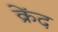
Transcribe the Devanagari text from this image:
क्रेंद